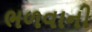
ભળવાની